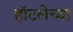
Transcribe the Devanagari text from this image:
हॉटलेच्या